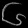
Digit: ၆